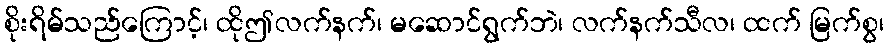
စိုးရိမ်သည်ကြောင့်၊ ထိုဤလက်နက်၊ မဆောင်ရွက်ဘဲ၊ လက်နက်သီလ၊ ထက် မြက်စွ၊